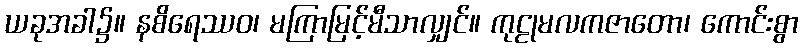
ယခုအခါ၌။ နစိရေဿဝ၊ မကြာမြင့်မီသာလျှင်။ ကုဠုမလကဇာတော၊ ကောင်းစွာ